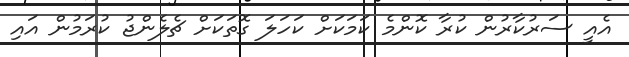
އެއީ ސަރުކާރުން ކުރާ ކޮންމެ ކަމަކަށް ކަހަލަ ގޮތަކަށް ޗެލެންޖު ކުރަމުން އައި